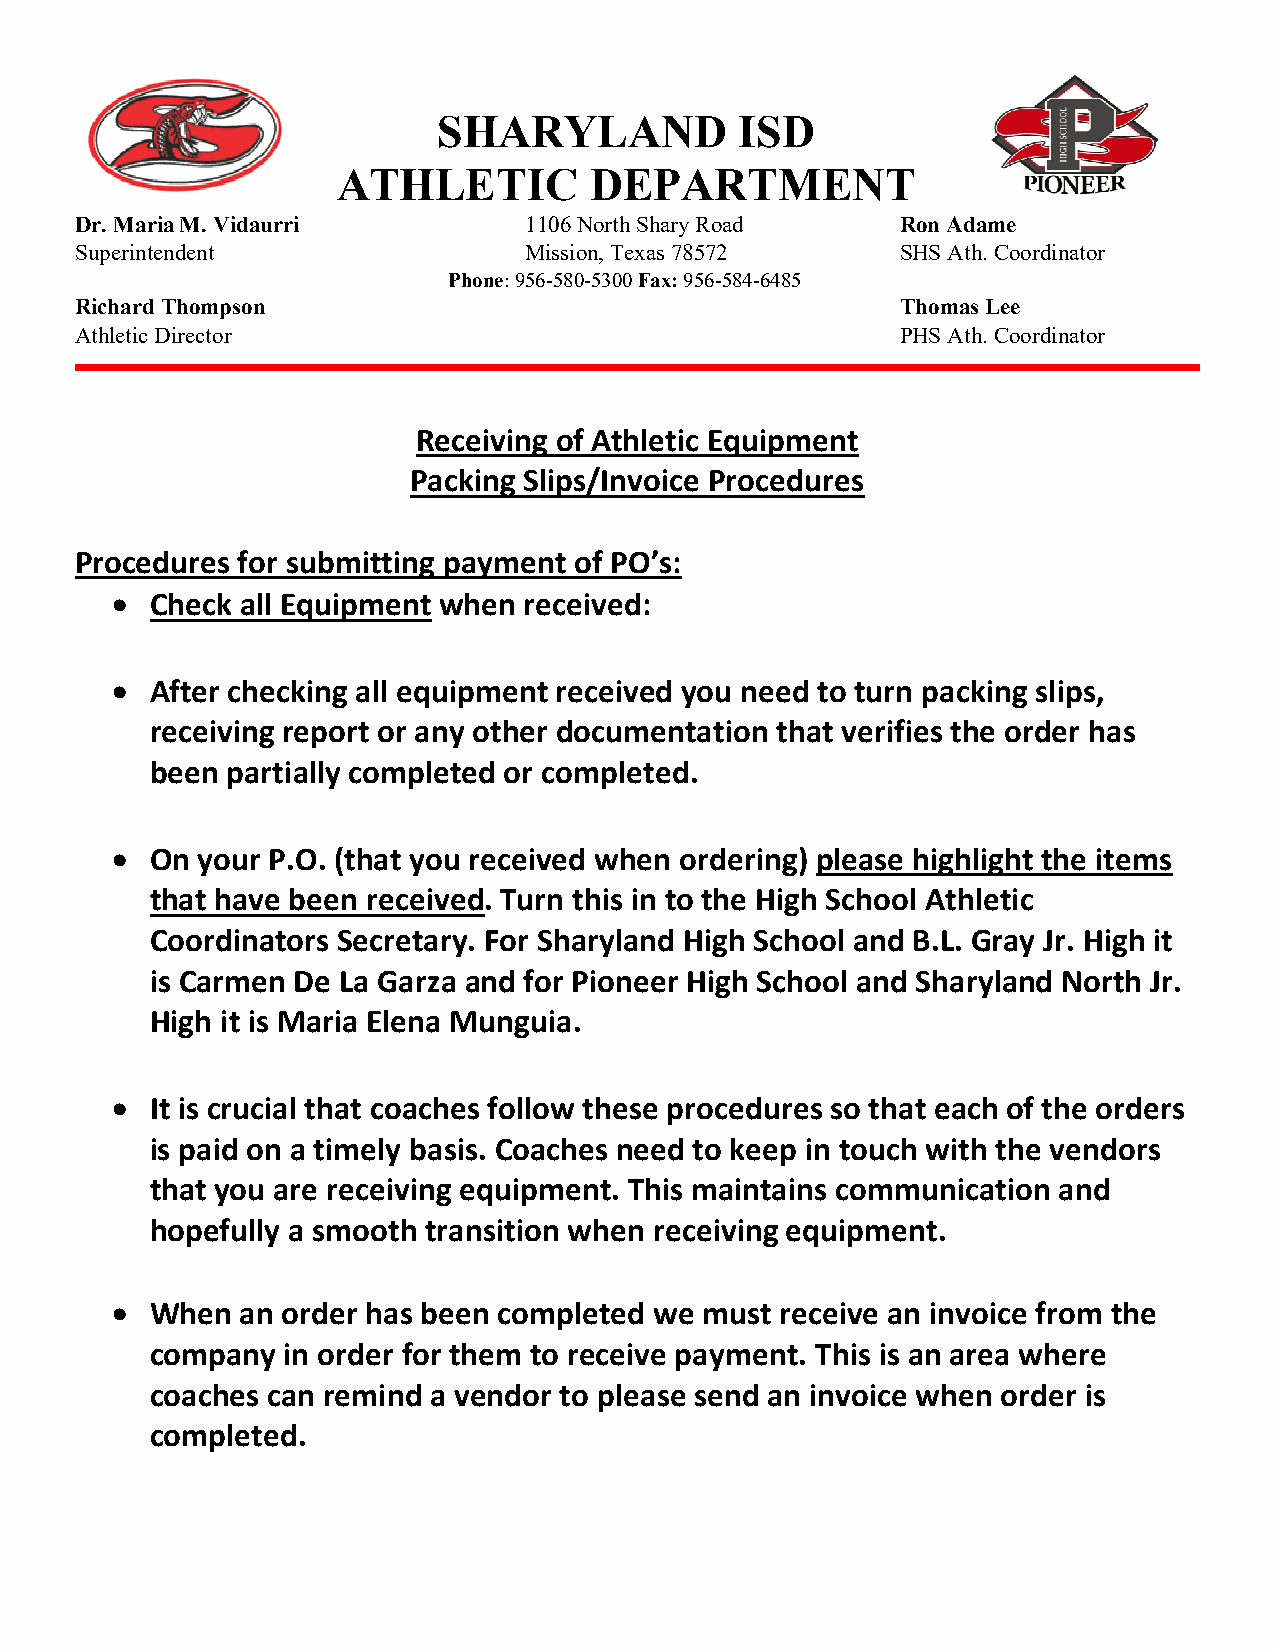
SHARYLAND           ISD
 ATHLETIC         DEPARTMENT
 Dr. Maria M. Vidaurri         1106 North Shary Road    Ron Adame
 Superintendent                Mission, Texas 78572     SHS Ath. Coordinator
 Phone: 956-580-5300 Fax: 956-584-6485
 Richard Thompson                                       Thomas Lee
 Athletic Director                                      PHS Ath. Coordinator
 Receiving of Athletic Equipment
 Packing Slips/Invoice Procedures
 Procedures for submitting payment of PO’s:
 •  Check all Equipment when received:
 •  After checking all equipment received you need to turn packing slips,
 receiving report or any other documentation that verifies the order has
 been partially completed or completed.
 •  On your P.O. (that you received when ordering) please highlight the items
 that have been received. Turn this in to the High School Athletic
 Coordinators Secretary. For Sharyland High School and B.L. Gray Jr. High it
 is Carmen De La Garza and for Pioneer High School and Sharyland North Jr.
 High it is Maria Elena Munguia.
 •  It is crucial that coaches follow these procedures so that each of the orders
 is paid on a timely basis. Coaches need to keep in touch with the vendors
 that you are receiving equipment. This maintains communication and
 hopefully a smooth transition when receiving equipment.
 •  When  an order has been completed we must receive an invoice from the
 company  in order for them to receive payment. This is an area where
 coaches can remind a vendor to please send an invoice when order is
 completed.